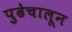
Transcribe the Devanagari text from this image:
पुढेचालून